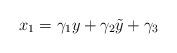
LaTeX: \begin{align*} x_{1}=\gamma_{1}y+\gamma_{2}\tilde{y}+\gamma_{3}\end{align*}